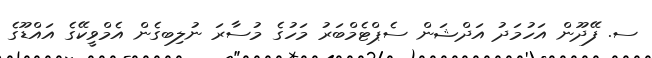
ސ. ފޭދޫން އަހުމަދު އަދްޝަން ސެޕްޓެމްބަރު މަހުގެ މުސާރަ ނުލިބގެން އެމްވީކޭގެ އައްޑޫގެ